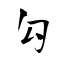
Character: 勾